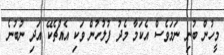
މީހުން ބުނި ނަމަވެސް އެކަމާ މެދު ފުލުހުން ވަކި އެއްޗެކޭ އަދި ނުބުނެ